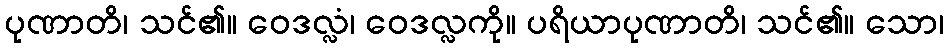
ပုဏာတိ၊ သင်၏။ ဝေဒလ္လံ၊ ဝေဒလ္လကို။ ပရိယာပုဏာတိ၊ သင်၏။ သော၊